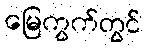
မြေကွက်တွင်